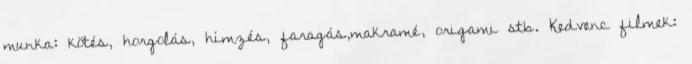
munka: kötés, horgolás, hímzés, faragás,makramé, origami stb. Kedvenc filmek: